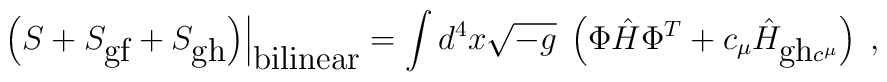
\left.\left(S + S_{\mbox{gf}} +S_{\mbox{gh}}\right)\right|_{\mbox{bilinear}}=\int d^4 x \sqrt{-g}\;\left({\Phi} \hat{H} {\Phi}^T + c_{\mu}\hat{H}_{\mbox{gh}c^{\mu}}\right)\;,